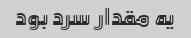
یه مقدار سرد بود